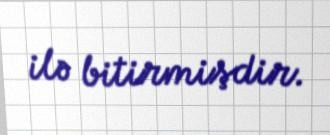
ilə bitirmişdir.